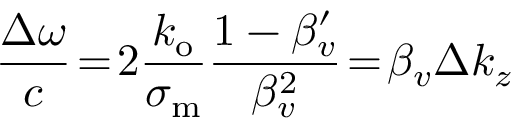
\frac { \Delta \omega } { c } \! = \! 2 \frac { k _ { \mathrm { o } } } { \sigma _ { \mathrm { m } } } \frac { 1 - \beta _ { v } ^ { \prime } } { \beta _ { v } ^ { 2 } } \! = \! \beta _ { v } \Delta k _ { z }